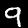
Label: 9